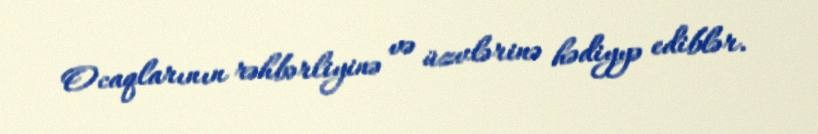
Ocaqlarının rəhbərliyinə və üzvlərinə hədiyyə ediblər.